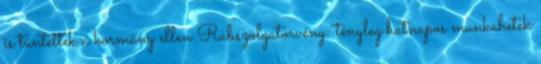
is tüntettek a kormány ellen Rabszolgatörvény: tényleg hatnapos munkahetek